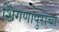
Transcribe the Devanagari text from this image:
शिंगणापुराचा